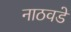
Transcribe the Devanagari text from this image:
नाठवडे